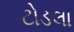
ટોડલા